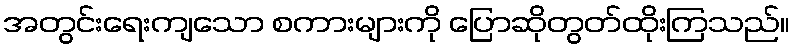
အတွင်းရေးကျသော စကားများကို ပြောဆိုတွတ်ထိုးကြသည်။